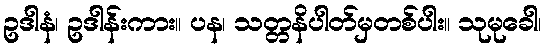
ဥဒါနံ၊ ဥဒါန်းကား။ ပန၊ သတ္တနိပါတ်မှတစ်ပါး။ သုမုခေါ၊